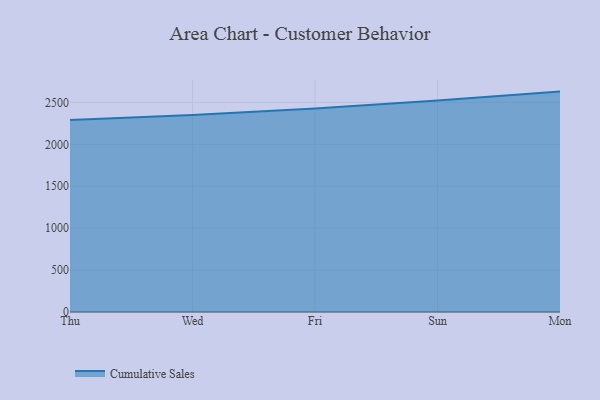
{"axis": {"x": "Day", "y": "Population (Million)"}, "legend": ["Cumulative Sales"], "data": [{"x": "Thu", "y": 2288.7, "type": "Cumulative Sales"}, {"x": "Wed", "y": 2348.4, "type": "Cumulative Sales"}, {"x": "Fri", "y": 2427.0, "type": "Cumulative Sales"}, {"x": "Sun", "y": 2522.3, "type": "Cumulative Sales"}, {"x": "Mon", "y": 2628.8, "type": "Cumulative Sales"}]}